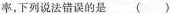
率，下列说法错误的是 ( )